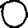
Digit: 0